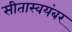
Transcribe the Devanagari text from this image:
सीतास्वयंबर